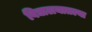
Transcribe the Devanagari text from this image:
विद्यालयातल्या